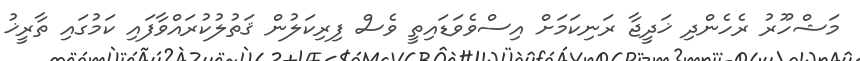
މަޝްހޫރު ރެހެންދި ޚަދީޖާ ރަނިކަމަށް އިސްވެވަޑައިތީ ވެސް ފިރިކަލުން ޤަތުލުކުރައްވާފައި ކަމުގައި ތާރީޚު